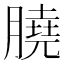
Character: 膮